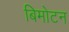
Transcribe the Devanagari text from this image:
बिमोटन